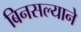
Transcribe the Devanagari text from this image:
बिनसल्याने